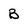
Character: B